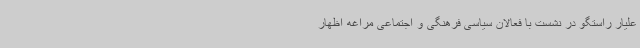
علیار راستگو در نشست با فعالان سیاسی فرهنگی و اجتماعی مراغه اظهار